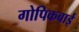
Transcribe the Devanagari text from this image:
गोपिकबाई